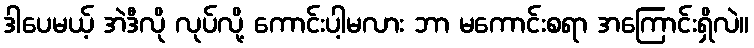
ဒါပေမယ့် အဲဒီလို လုပ်လို့ ကောင်းပါ့မလား ဘာ မကောင်းစရာ အကြောင်းရှိလဲ။